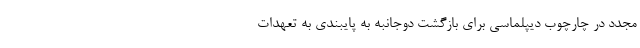
مجدد در چارچوب دیپلماسی برای بازگشت دوجانبه به پایبندی به تعهدات